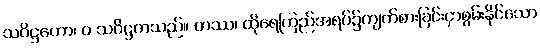
သဝိဋ္ဌကော၊ ဝ သဝိဋ္ဌကသည်။ တဿ၊ ထိုရေကြည်အရပ်၌ကျက်စားခြင်းငှာစွမ်းနိုင်သော